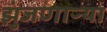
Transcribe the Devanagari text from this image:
झुंजणाऱ्या